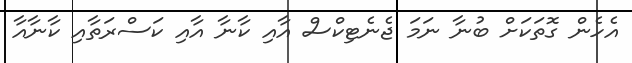
އެހެން ގޮތަކަށް ބުނާ ނަމަ ޖެނެޓިކްސް އާއި ކާނާ އާއި ކަސްރަތާއި ކާނާއާ